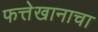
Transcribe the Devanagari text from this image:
फत्तेखानाचा